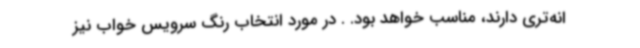
انه‌تری دارند، مناسب خواهد بود. . در مورد انتخاب رنگ سرویس خواب نیز